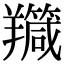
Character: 𦏣